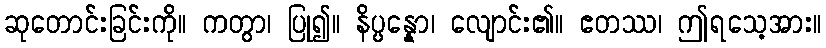
ဆုတောင်းခြင်းကို။ ကတွာ၊ ပြု၍။ နိပ္ပန္နော၊ လျောင်း၏။ ဧတဿ၊ ဤရသေ့အား။